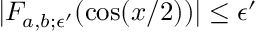
| F _ { a , b ; \epsilon ^ { \prime } } ( \cos ( x / 2 ) ) | \le \epsilon ^ { \prime }